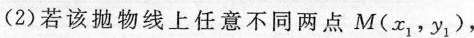
(2)若该抛物线上任意不同两点M(x_{1}，y_{1})，